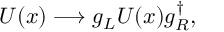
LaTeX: U ( x ) \longrightarrow g _ { L } U ( x ) g _ { R } ^ { \dagger } ,